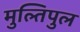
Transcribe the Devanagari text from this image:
मुल्तिपुल